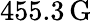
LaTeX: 455.3\, \mathrm{G}